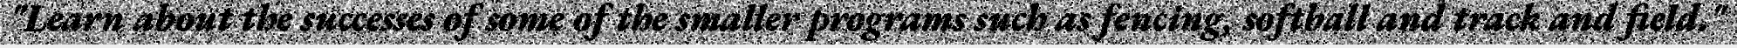
"Learn about the successes of some of the smaller programs such as fencing, softball and track and field."